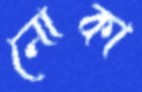
নোকা